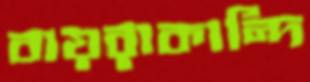
বায়রাকান্দি